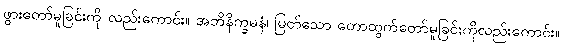
ဖွားတော်မူခြင်းကို လည်းကောင်း။ အဘိနိက္ခမနံ၊ မြတ်သော တောထွက်တော်မူခြင်းကိုလည်းကောင်း။